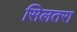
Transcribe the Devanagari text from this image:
सिलतरा